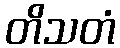
တိသတံ